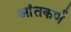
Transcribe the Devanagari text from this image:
आंतकर्ण